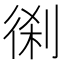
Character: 𠝨